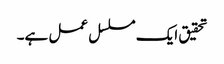
تحقیق ایک مسلسل عمل ہے۔